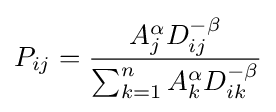
P_{ij}={\frac {A_{j}^{\alpha }D_{ij}^{-\beta }}{\sum _{k=1}^{n}A_{k}^{\alpha }D_{ik}^{-\beta }}}